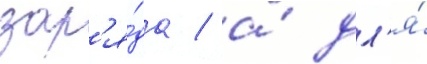
зар'я́да / а́ дл'я́